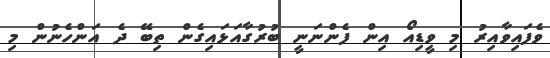
ވެފައިވާއިރު މި ވީޑިއޯ އިން ފެންނަނީ ބުރުގާއަޅައިގެން ތިބޭ ދެ އަންހެނުން މި